Civil Veterinary Department. Central Provinces & Berar 1932-41 - 1932-1941
Year: 1932
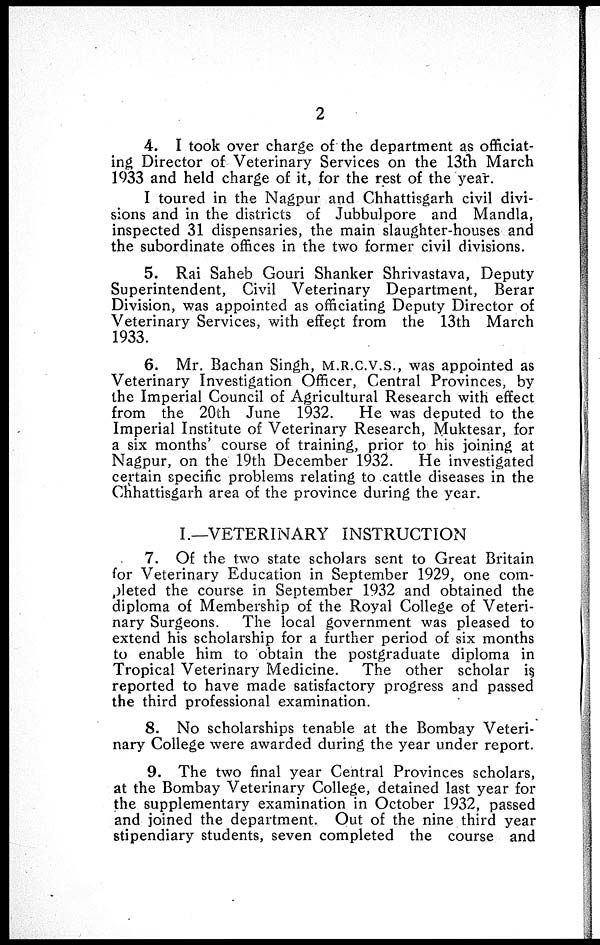
2
4. I took over charge of the department as officiat-
ing Director of Veterinary Services on the 13th March
1933 and held charge of it, for the rest of the year.
I toured in the Nagpur and Chhattisgarh civil divi-
sions and in the districts of Jubbulpore and Mandla,
inspected 31 dispensaries, the main slaughter-houses and
the subordinate offices in the two former civil divisions.
5. Rai Saheb Gouri Shanker Shrivastava, Deputy
Superintendent, Civil Veterinary Department, Berar
Division, was appointed as officiating Deputy Director of
Veterinary Services, with effect from the 13th March
1933.
6. Mr. Bachan Singh, M.R.C.V.S., was appointed as
Veterinary Investigation Officer, Central Provinces, by
the Imperial Council of Agricultural Research with effect
from the 20th June 1932.
He was deputed to the
Imperial Institute of Veterinary Research, Muktesar, for
a six months' course of training, prior to his joining at
Nagpur, on the 19th December 1932.
He investigated
certain specific problems relating to cattle diseases in the
Chhattisgarh area of the province during the year.
I.—VETERINARY INSTRUCTION
7. Of the two state scholars sent to Great Britain
for Veterinary Education in September 1929, one com-
pleted the course in September 1932 and obtained the
diploma of Membership of the Royal College of Veteri-
nary Surgeons. The local government was pleased to
extend his scholarship for a further period of six months
to enable him to obtain the postgraduate diploma in
Tropical Veterinary Medicine. The other scholar is
reported to have made satisfactory progress and passed
the third professional examination.
8. No scholarships tenable at the Bombay Veteri-
nary College were awarded during the year under report.
9. The two final year Central Provinces scholars,
at the Bombay Veterinary College, detained last year for
the supplementary examination in October 1932, passed
and joined the department. Out of the nine third year
stipendiary students, seven completed the course and